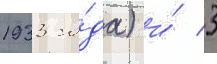
1933 го́да) и́ 3